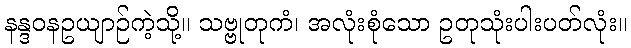
နန္ဒဝနဥယျာဉ်ကဲ့သို့။ သဗ္ဗုတုကံ၊ အလုံးစုံသော ဥတုသုံးပါးပတ်လုံး။